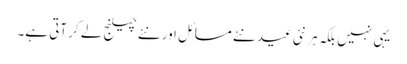
یہی نہیں بلکہ ہر نئی عید نئے مسائل اور نئے چیلنج لے کر آتی ہے۔